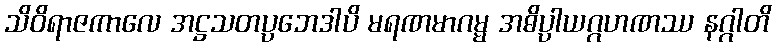
သိဝိရာဇကာလေ အဋ္ဌသတပ္ပဘေဒါပိ မရဏမာဂမ္မ အဓိပ္ပါယဂ္ဂဟဏဿ နဂ္ဂါတိ